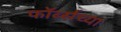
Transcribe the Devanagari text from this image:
फॉर्ब्सच्या